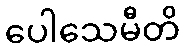
ပေါသေမီတိ